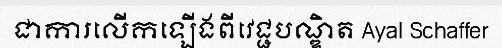
ជាការលើកឡើងពីវេជ្ជបណ្ឌិត Ayal Schaffer